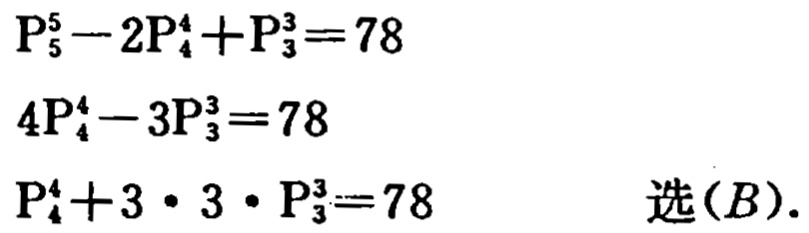
\begin{align*}
\mathrm{P}_{5}^{5}-2\mathrm{P}_{4}^{4}+\mathrm{P}_{3}^{3}&=78\\
4\mathrm{P}_{4}^{4}-3\mathrm{P}_{3}^{3}&=78\\
\mathrm{P}_{4}^{4}+3\cdot3\cdot\mathrm{P}_{3}^{3}&=78 \quad \text{选}(B).
\end{align*}